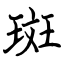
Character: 斑